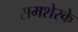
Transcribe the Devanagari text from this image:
समशेरके